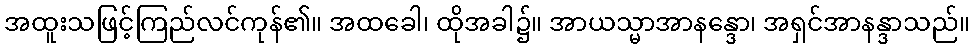
အထူးသဖြင့်ကြည်လင်ကုန်၏။ အထခေါ၊ ထိုအခါ၌။ အာယသ္မာအာနန္ဒော၊ အရှင်အာနန္ဒာသည်။